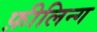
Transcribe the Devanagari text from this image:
फ़ीलिन्ग